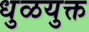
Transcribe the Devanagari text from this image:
धुळयुक्त